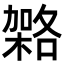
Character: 𭫹